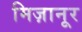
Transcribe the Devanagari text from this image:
मिज़ानूर